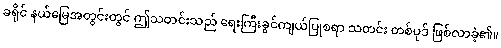
ခရိုင် နယ်မြေအတွင်းတွင် ဤသတင်းသည် ရေးကြီးခွင်ကျယ်ပြုစရာ သတင်း တစ်ပုဒ် ဖြစ်လာခဲ့၏။